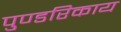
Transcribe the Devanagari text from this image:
पुण्डरिकाय